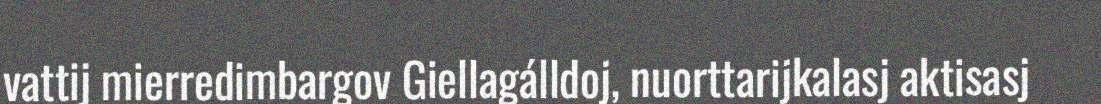
vattij mierredimbargov Giellagálldoj, nuorttarijkalasj aktisasj